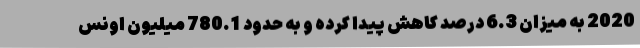
2020 به میزان 6.3 درصد کاهش پیدا کرده و به حدود 780.1 میلیون اونس